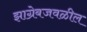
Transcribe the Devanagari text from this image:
झाग्रेबजवळील